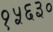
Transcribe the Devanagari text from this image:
१५६३०